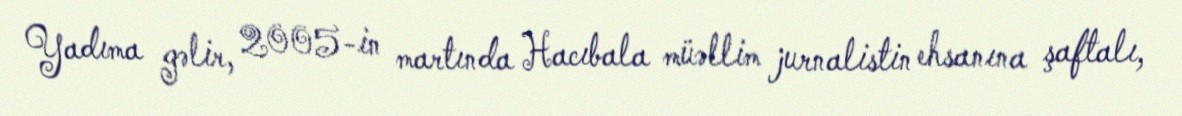
Yadıma gəlir, 2005-in martında Hacıbala müəllim jurnalistin ehsanına şaftalı,